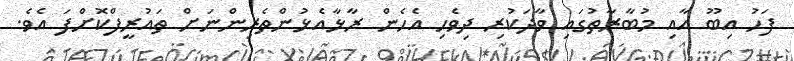
ފަހު އިބޫ އާއި މުބާރާތުގައި ވާދަކުރި ދިވެހި އެހެން ރާޅާއެޅުންތެރިންނަށް ތައުރީފްކޮށްފަ އެވެ.